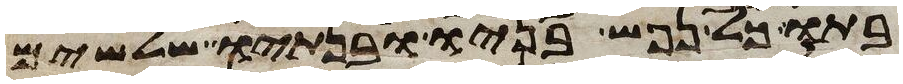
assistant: בתו כל נפש בניו ובנתיו שלשים